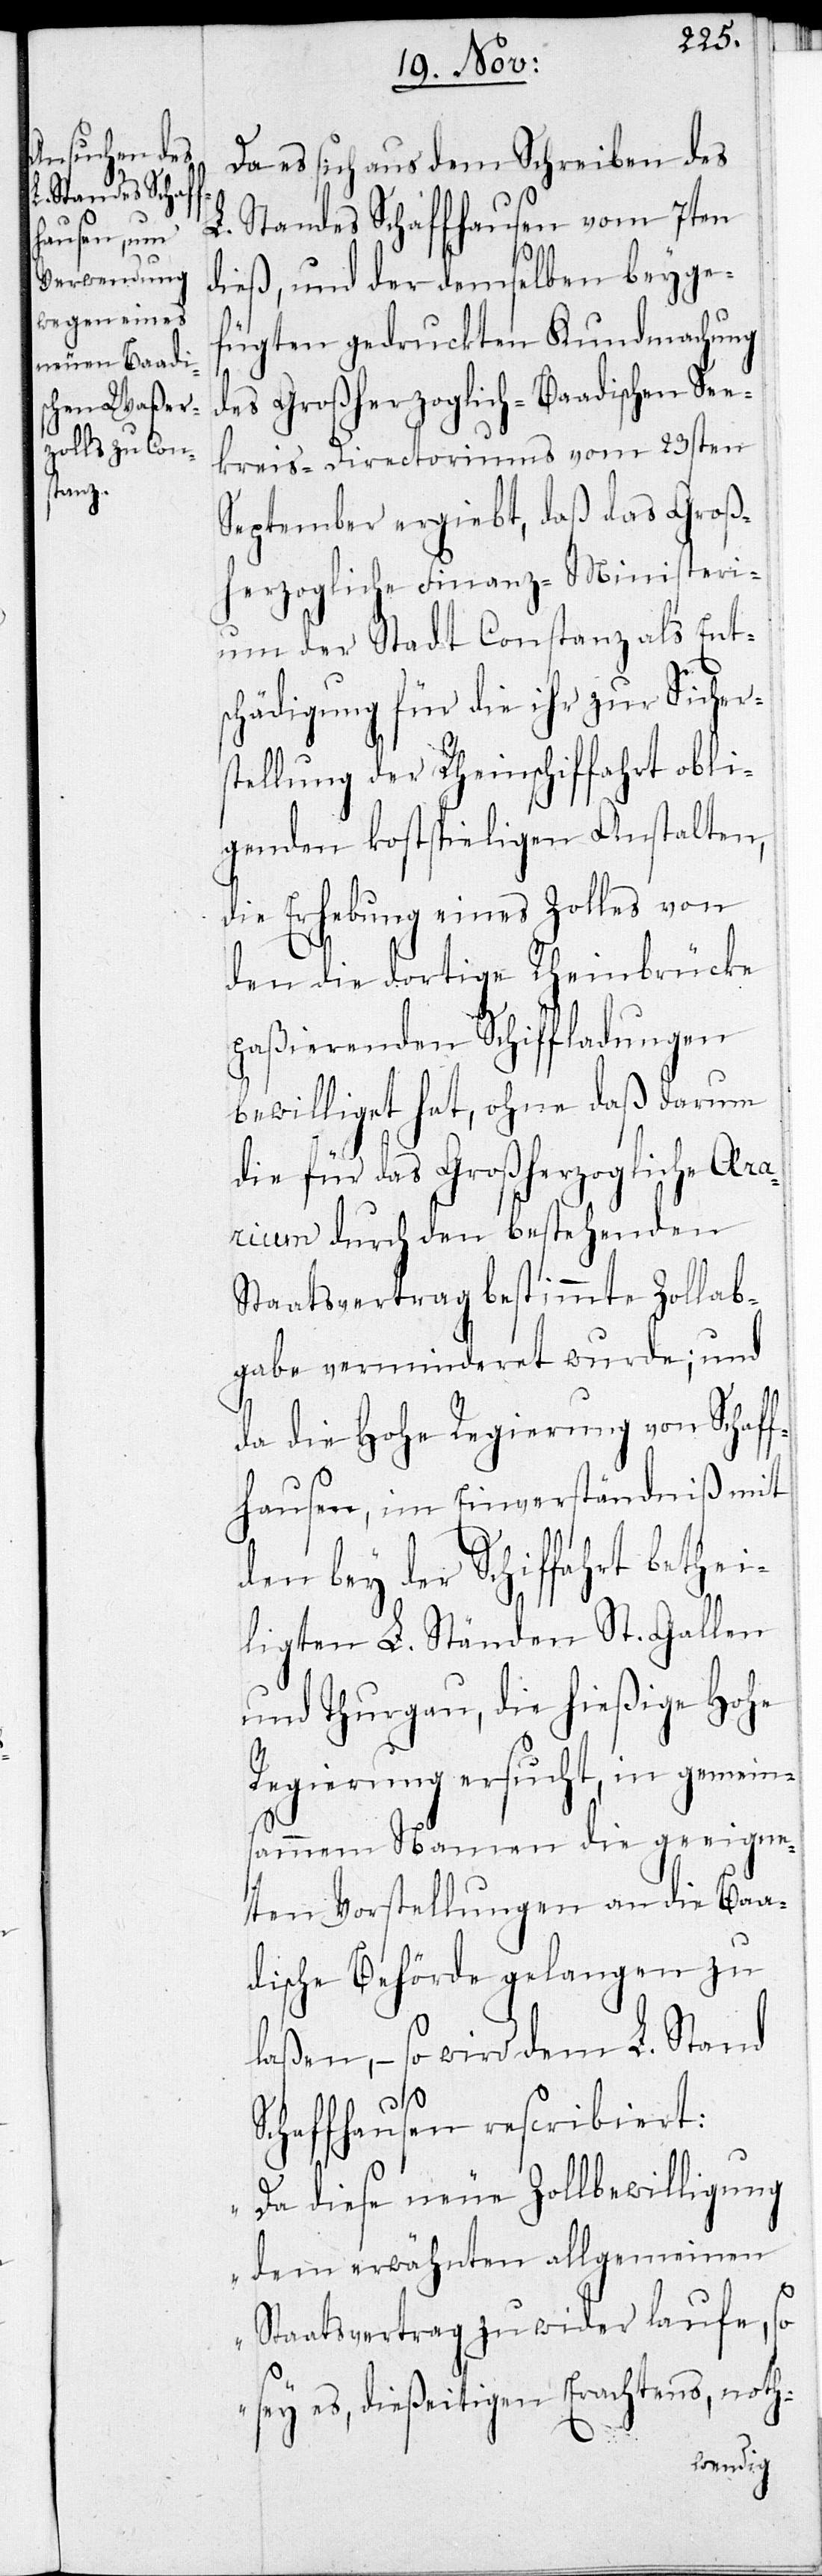
Da es sich aus dem Schreiben des
L. Standes Schaffhausen vom 7ten
dieß, und der demselben beyge¬
fügten gedruckten Kundmachung
des Großherzoglich-Baadischen See¬
kreis-Directoriums vom 23sten
September ergiebt, daß das Groß¬
herzogliche Finanz-Ministeri¬
um der Stadt Constanz als Ent¬
schädigung für die ihr zur Sichers¬
tellung der Rheinschiffahrt obli¬
genden kostspieligen Anstalten,
die Erhebung eines Zolles von
den die dortige Rheinbrücke
paßierenden Schiffladungen
bewilliget hat, ohne daß darum
die für das Großherzogliche Arar¬
ium durch den bestehenden
Staatsvertrag bestimmte Zollab¬
gabe verminderet wurde; und
da die Hohe Regierung von Schaff¬
hausen, im Einverständniß mit
den bey der Schiffahrt bethe¬
iligten L. Ständen St. Gallen
und Thurgau, die hießige Hohe
Regierung ersucht, in gemein¬
samem Namen die geeigne¬
ten Vorstellungen an die Baa¬
dische Behörde gelangen zu
laßen, – so wird dem L. Stand
Schaffhausen rescribiert:
„Da diese neue Zollbewilligung
dem erwähnten allgemeinen
Staatsvertrag zu wider laufe, so
sey es, dießeitigen Erachtens, noth-